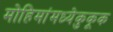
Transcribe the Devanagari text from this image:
मोहिमांमध्येकुकूक